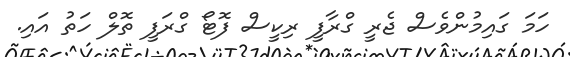
ހަމަ ގައިމުންވެސް ޖެރީ ގްރާފީ ރިކީސް ފޮޓޯ ގްރަފީ ތޮލް ހަތު އައި.